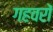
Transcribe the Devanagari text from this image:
गहवरों